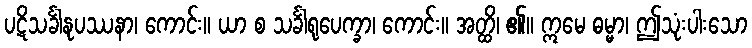
ပဋိသင်္ခါနုပဿနာ၊ ကောင်း။ ယာ စ သင်္ခါရုပေက္ခာ၊ ကောင်း။ အတ္ထိ၊ ၏။ ဣမေ ဓမ္မာ၊ ဤသုံးပါးသော